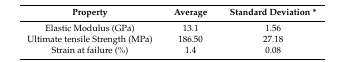
| Property | Average | Standard Deviation * |
 | --- | --- | --- |
 | Elastic Modulus (GPa) | 13.1 | 1.56 |
 | Ultimate tensile Strength (MPa) | 186.50 | 27.18 |
 | Strain at failure (%) | 1.4 | 0.08 |